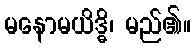
မနောမယိဒ္ဓိ၊ မည်၏။